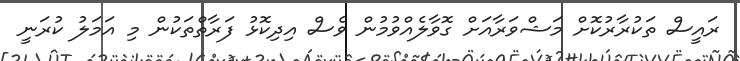
ރައީސް ތަކުރާރުކޮށް މަޝްވަރާއަށް ގޮވާލެއްވުމުން ވެސް އިދިކޮޅު ފަރާތްތަކުން މި އަމަލު ކުރަނީ